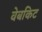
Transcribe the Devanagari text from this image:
वेबकिट